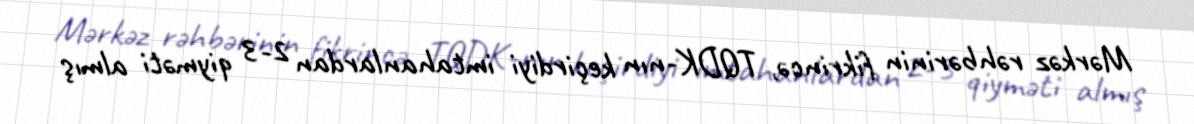
Mərkəz rəhbərinin fikrincə, TQDK-nın keçirdiyi imtahanlardan 2-3 qiyməti almış